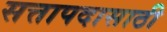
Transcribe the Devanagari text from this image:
सत्तापदासाठी